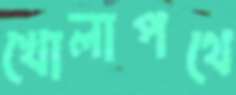
খোলাপথে